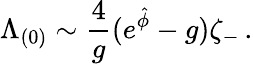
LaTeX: {\Lambda_{(0)}\sim{\frac{4}{g}}(e^{\hat{\phi}}-g)\zeta_{-}\, .}